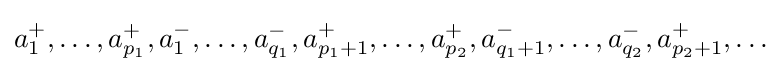
a_{1}^{+},\ldots ,a_{p_{1}}^{+},a_{1}^{-},\ldots ,a_{q_{1}}^{-},a_{p_{1}+1}^{+},\ldots ,a_{p_{2}}^{+},a_{q_{1}+1}^{-},\ldots ,a_{q_{2}}^{-},a_{p_{2}+1}^{+},\ldots